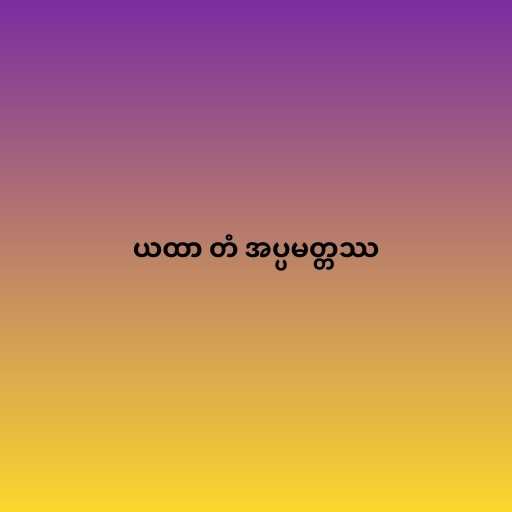
ယထာ တံ အပ္ပမတ္တဿ